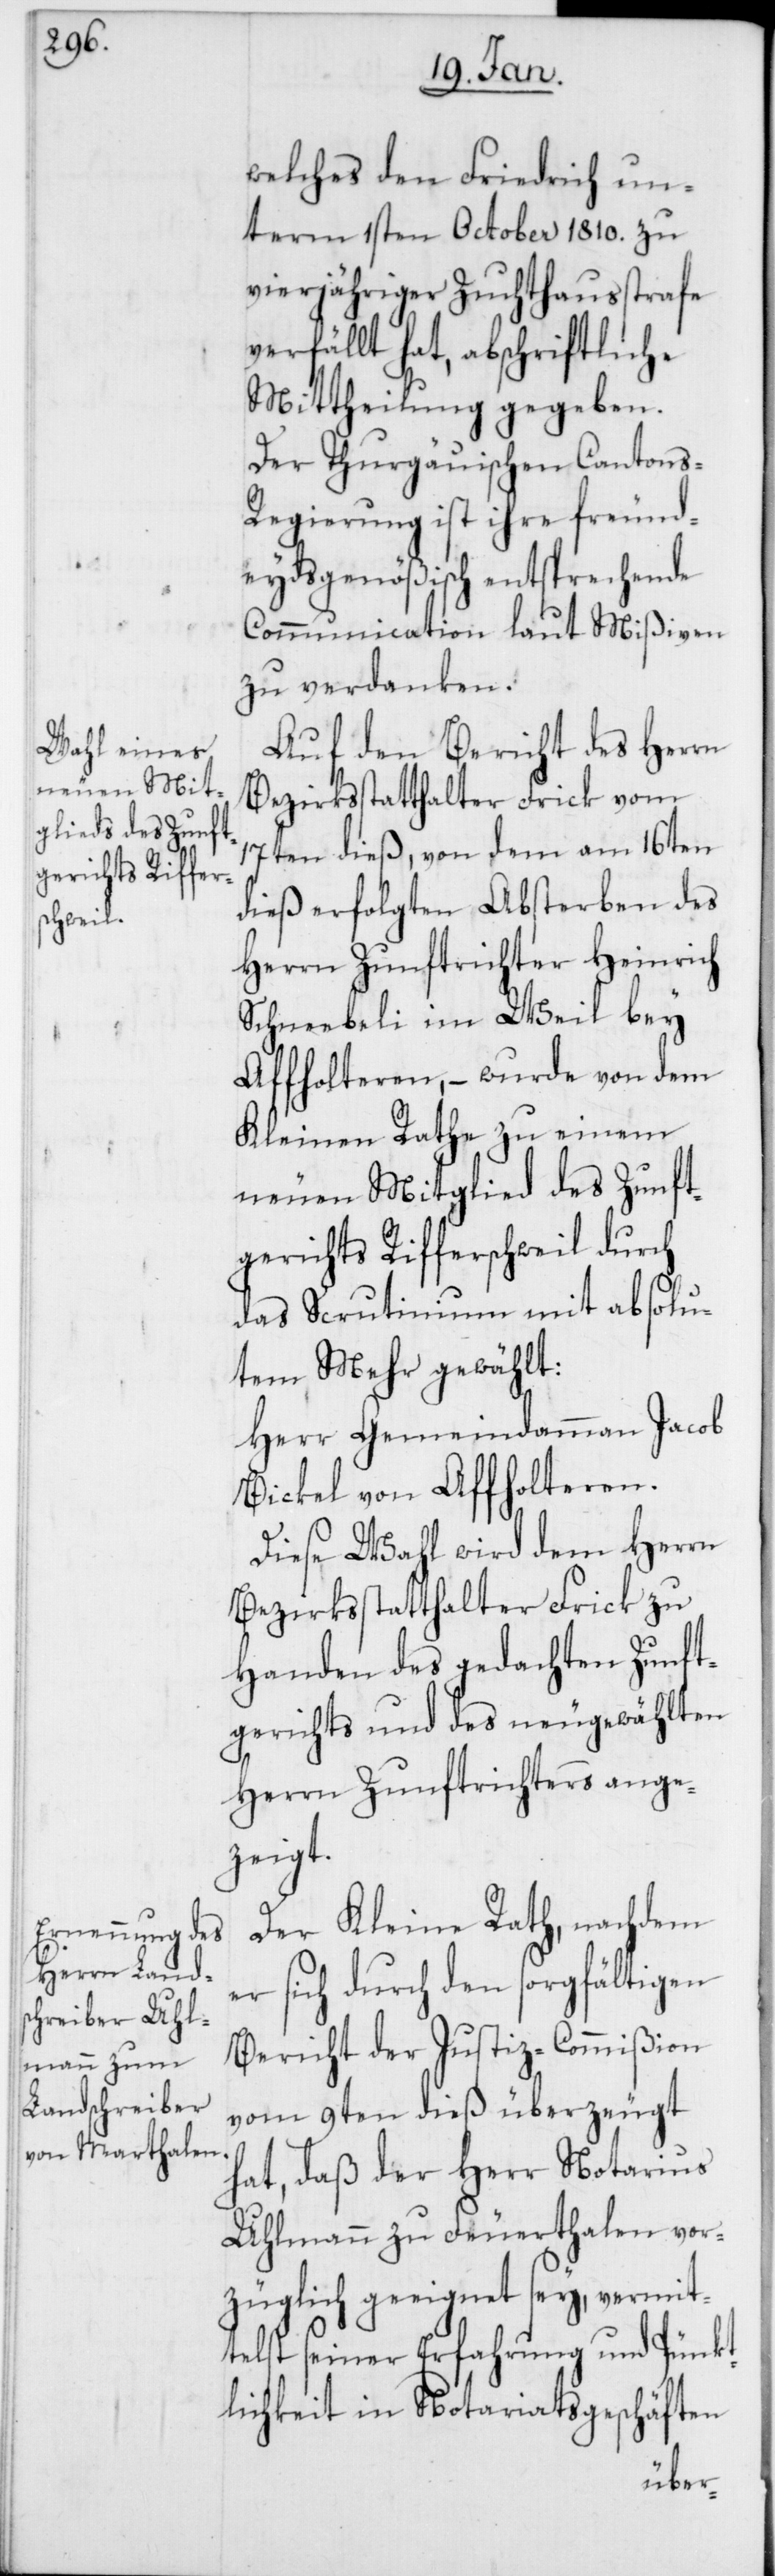
welches den Friedrich un¬
term 1sten October 1810. zu
vierjähriger Zuchthausstrafe
verfällt hat, abschriftliche
Mittheilung gegeben.
Der Thurgauischen Cantons-R¬
egierung ist ihre freund¬
eydsgenößisch entsprechende
Communication laut Mißiven
zu verdanken.
Auf den Bericht des Herrn
Bezirksstatthalter Frick vom
17ten dieß, von dem am 16ten
dieß erfolgten Absterbens des
Herren Zunftrichter Heinrich
Schneebeli im Weil bey
Affholteren, – wurde von dem
Kleinen Rathe zu einem
neuen Mitglied des Zunft¬
gerichts Rifferschweil durch
das Scrutinium mit absolu¬
tem Mehr gewählt:
Herr Gemeindammann Jacob
Bickel von Affholteren.
Diese Wahl wird dem Herren
Bezirksstatthalter Frick zu
Handen des gedachten Zunft¬
gerichts und des neugewählten
Herrn Zunftrichters ange¬
zeigt.
Der Kleine Rath, nachdem
er sich durch den sorgfältigen
Bericht der Justiz-Commißion
vom 9ten dieß überzeugt
hat, daß der Herr Notarius
Uhlmann zu Feuerthalen vor¬
züglich geeignet sey, vermit¬
telst seiner Erfahrung und Pünkt¬
lichkeit in Notariatsgeschäften